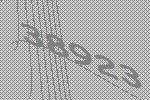
38923